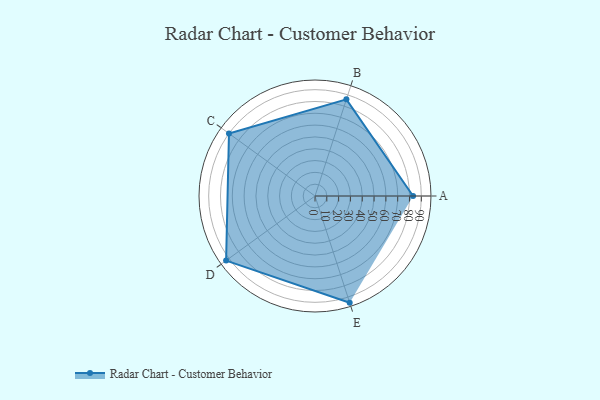
{"axis": {"x": "Skill", "y": "Score"}, "legend": ["Profile"], "data": [{"x": "A", "y": 83.0, "type": "Profile"}, {"x": "B", "y": 86.0, "type": "Profile"}, {"x": "C", "y": 90.0, "type": "Profile"}, {"x": "D", "y": 93.0, "type": "Profile"}, {"x": "E", "y": 95.0, "type": "Profile"}]}